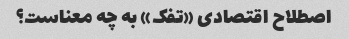
اصطلاح اقتصادی «تفک» به چه معناست؟